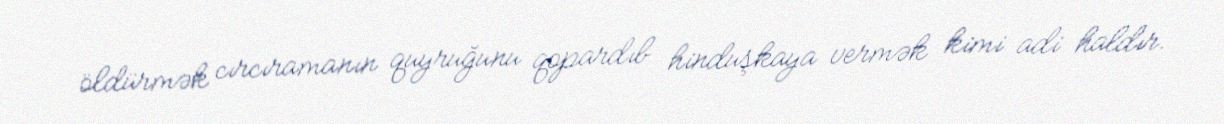
öldürmək cırcıramanın quyruğunu qopardıb hinduşkaya vermək kimi adi haldır.